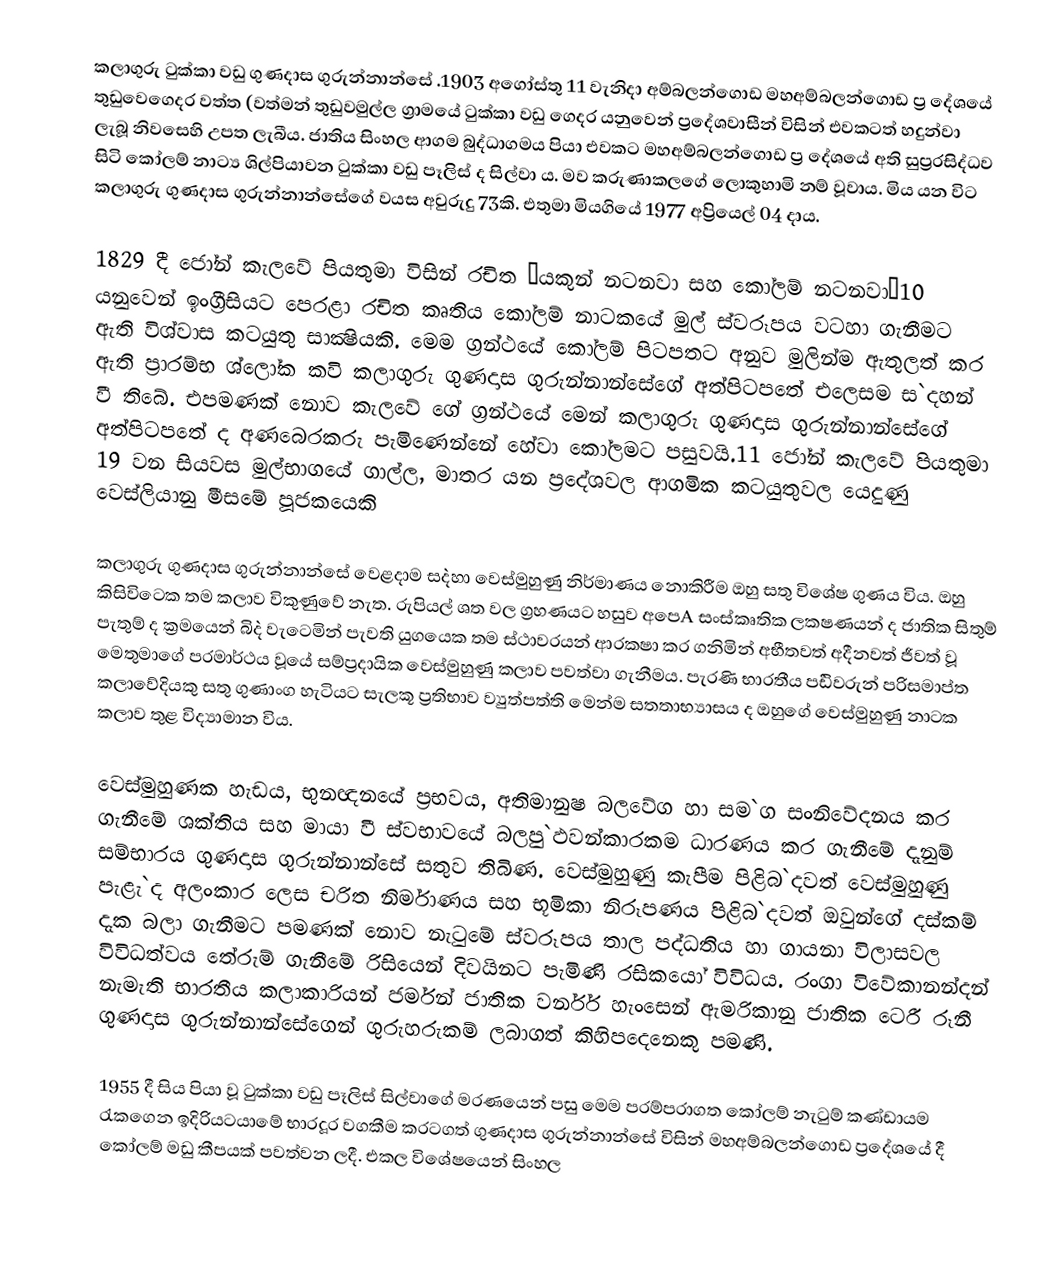
කලාගුරු ටුක්කා වඩු ගුණදාස ගුරුන්නාන්සේ .1903 අගෝස්තු 11 වැනිදා අම්බලන්ගොඩ මහඅම්බලන්ගොඩ ප්‍ර දේශයේ තුඩුවෙගෙදර වත්ත (වත්මන් තුඩුවමුල්ල ග්‍රාමයේ ටුක්කා වඩු ගෙදර යනුවෙන් ප්‍රදේශවාසීන් විසින් එවකටත් හදුන්වා ලැබූ නිවසෙහි උපත ලැබීය.  ජාතිය සිංහල ආගම බුද්ධාගමය පියා එවකට මහඅම්බලන්ගොඩ ප්‍ර දේශයේ අති සුප්‍රරසිද්ධව සිටි කෝලම් නාට්‍ය ශිල්පියාවන ටුක්කා වඩු පෑලිස් ද සිල්වා ය. මව කරුණාකලගේ ලොකුහාමි නම් වූවාය. මිය යන විට කලාගුරු ගුණදාස ගුරුන්නාන්සේගේ වයස අවුරුදු 73කි.  එතුමා මියගියේ 1977 අප්‍රියෙල්  04 දාය.

1829 දී ජෝන් කැලවේ පියතුමා විසින් රචිත ”යකුන් නටනවා සහ කෝලම් නටනවා”10 යනුවෙන් ඉංග‍්‍රීසියට පෙරළා රචිත කෘතිය කෝලම් නාටකයේ මුල් ස්වරූපය වටහා ගැනීමට ඇති විශ්වාස කටයුතු සාක්‍ෂියකි. මෙම ග‍්‍රන්ථයේ කෝලම් පිටපතට අනුව මුලින්ම ඇතුලත් කර ඇති ප‍්‍රාරම්භ ශ්ලෝක කවි කලාගුරු ගුණදාස ගුරුන්නාන්සේගේ අත්පිටපතේ එලෙසම ස`දහන් වී තිබේ.  එපමණක් නොව කැලවේ ගේ ග‍්‍රන්ථයේ මෙන් කලාගුරු ගුණදාස ගුරුන්නාන්සේගේ අත්පිටපතේ ද අණබෙරකරු පැමිණෙන්නේ හේවා කෝලමට පසුවයි.11 ජෝන් කැලවේ පියතුමා 19 වන සියවස මුල්භාගයේ ගාල්ල, මාතර යන ප‍්‍රදේශවල ආගමික කටයුතුවල යෙදුණු වෙස්ලියානු මීසමේ පූජකයෙකි

කලාගුරු ගුණදාස ගුරුන්නාන්සේ වෙළදාම ස`දහා වෙස්මුහුණු නිර්මාණය නොකිරීම ඔහු සතු විශේෂ ගුණය විය.  ඔහු කිසිවිටෙක තම කලාව විකුණුවේ නැත.  රුපියල් ශත වල ග්‍රහණයට හසුව අපෙA සංස්කෘතික ලක‍ෂණයන් ද ජාතික සිතුම් පැතුම් ද ක්‍රමයෙන් බි`ද වැටෙමින් පැවති යුගයෙක තම ස්ථාවරයන් ආරක‍ෂා කර ගනිමින් අභීතවත් අදීනවත් ජීවත් වූ මෙතුමාගේ පරමාර්ථය වූයේ සම්ප්‍රදායික වෙස්මුහුණු කලාව පවත්වා ගැනීමය.  පැරණි භාරතීය ප`ඩිවරුන් පරිසමාප්ත කලාවේදියකු සතු ගුණාංග හැටියට සැලකූ ප්‍රතිභාව ව්‍යුත්පත්ති මෙන්ම සතතාභ්‍යාසය ද ඔහුගේ වෙස්මුහුණු නාටක කලාව තුළ විද්‍යාමාන විය.  

වෙස්මුහුණක හැඩය, භුනඥනයේ ප‍්‍රභවය, අතිමානුෂ බලවේග හා සම`ග සංනිවේදනය කර ගැනීමේ ශක්තිය සහ මායා වී ස්වභාවයේ බලපු`ඵවන්කාරකම ධාරණය කර ගැනීමේ දැනුම් සම්භාරය ගුණදාස ගුරුන්නාන්සේ සතුව තිබිණ. වෙස්මුහුණු කැපීම පිළිබ`දවත්  වෙස්මුහුණු පැළැ`ද අලංකාර ලෙස චරිත නිර්මාණය සහ භූමිකා නිරූපණය පිළිබ`දවත් ඔවුන්ගේ දස්කම් දැක බලා ගැනීමට පමණක් නොව නැටුමේ ස්වරූපය තාල පද්ධතිය හා ගායනා විලාසවල විවිධත්වය තේරුම් ගැනීමේ රිසියෙන් දිවයිනට පැමිණි රසිකයෝ විවිධය. රංගා විවේකානන්දන් නැමැති භාරතීය කලාකාරියන් ජර්මන් ජාතික වර්නර් හැංසෙන් ඇමරිකානු ජාතික ටෙරී රූනී ගුණදාස ගුරුන්නාන්සේගෙන් ගුරුහරුකම් ලබාගත් කිහිපදෙනෙකු පමණි.

1955 දී සිය පියා වූ ටුක්කා වඩු පෑලිස් සිල්වාගේ මරණයෙන් පසු මෙම පරම්පරාගත කෝලම් නැටුම් කණ්ඩායම රැකගෙන ඉදිරියටයාමේ භාරදූර වගකීම කරටගත් ගුණදාස ගුරුන්නාන්සේ විසින් මහඅම්බලන්ගොඩ ප්‍රදේශයේ දී කෝලම් මඩු කීපයක් පවත්වන ලදී. එකල විශේෂයෙන් සිංහල